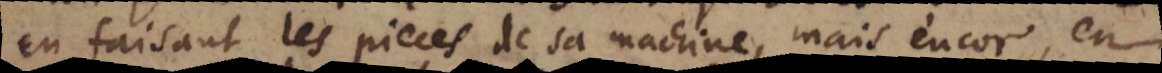
en faisant les pieces de sa machine, mais encor, en